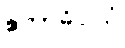
ဧကာဓိပ္ပါယံ